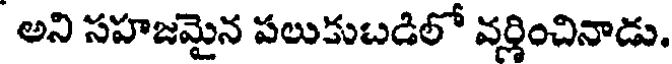
అని సహజమైన పలుకుబడిలో వర్ణించినాడు.